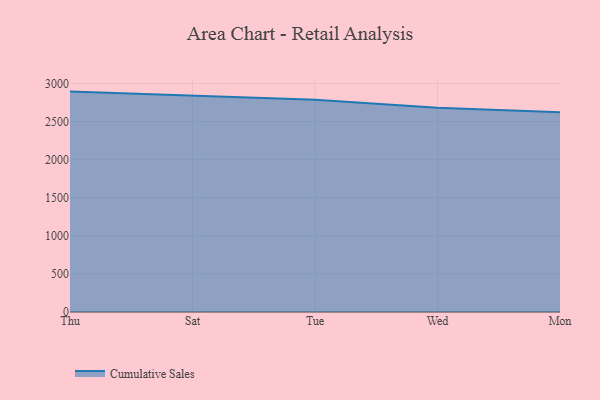
{"axis": {"x": "Day", "y": "Temperature (°C)"}, "legend": ["Cumulative Sales"], "data": [{"x": "Thu", "y": 2893.3, "type": "Cumulative Sales"}, {"x": "Sat", "y": 2839.5, "type": "Cumulative Sales"}, {"x": "Tue", "y": 2786.7, "type": "Cumulative Sales"}, {"x": "Wed", "y": 2682.5, "type": "Cumulative Sales"}, {"x": "Mon", "y": 2622.2, "type": "Cumulative Sales"}]}